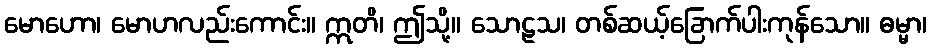
မောဟော၊ မောဟလည်းကောင်း။ ဣတိ၊ ဤသို့။ သောဠသ၊ တစ်ဆယ့်ခြောက်ပါးကုန်သော။ ဓမ္မာ၊